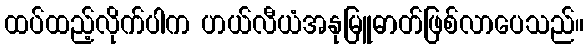
ထပ်ထည့်လိုက်ပါက ဟယ်လီယံအနုမြူဓာတ်ဖြစ်လာပေသည်။